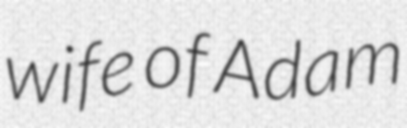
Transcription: wife of Adam